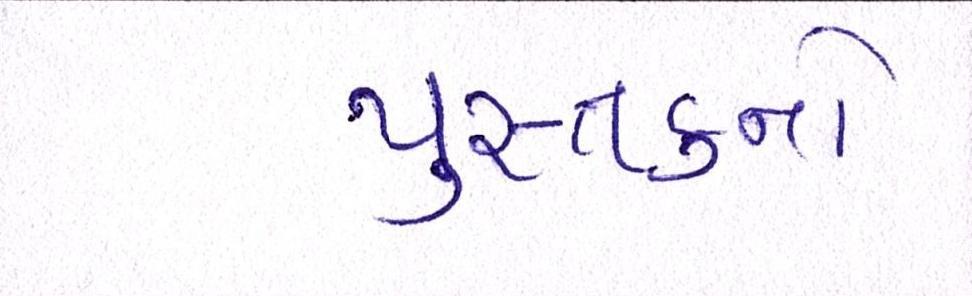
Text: પુસ્તકનો